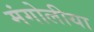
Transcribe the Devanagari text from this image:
मंगोलीया